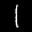
Label: 1